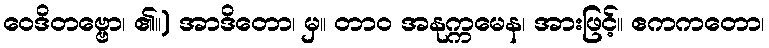
ဝေဒိတဗ္ဗော၊ ၏။) အာဒိတော၊ မှ။ တာဝ အနုက္ကမေန၊ အားဖြင့်။ ဧကကတော၊